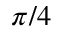
\pi / 4